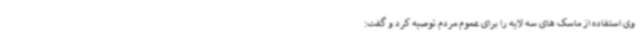
وی استفاده از ماسک های سه لایه را برای عموم مردم توصیه کرد و گفت: